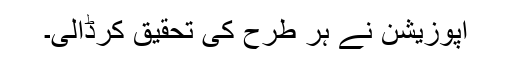
اپوزیشن نے ہر طرح کی تحقیق کرڈالی۔